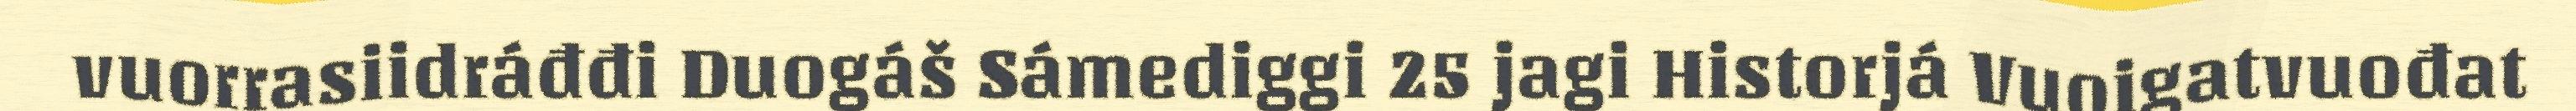
vuorrasiidráđđi Duogáš Sámediggi 25 jagi Historjá Vuoigatvuođat